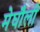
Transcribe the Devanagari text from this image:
मेघौली